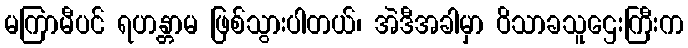
မကြာမီပင် ရဟန္တာမ ဖြစ်သွားပါတယ်၊ အဲဒီအခါမှာ ဝိသာခသူဌေးကြီးက